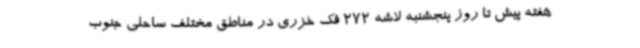
هفته پیش تا روز پنجشنبه لاشه 272 فک خزری در مناطق مختلف ساحلی جنوب